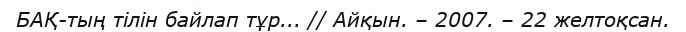
БАҚ-тың тілін байлап тұр... // Айқын. – 2007. – 22 желтоқсан.